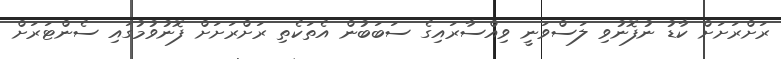
ރަށްރަށަށް ކާޑު ނުފޮނުވި ލަސްވަނީ ވިއްސާރައިގެ ސަބަބުން އެތަކެތި ރަށްރަށަށް ފޮނުވުމުގައި ސެންޓަރަށް